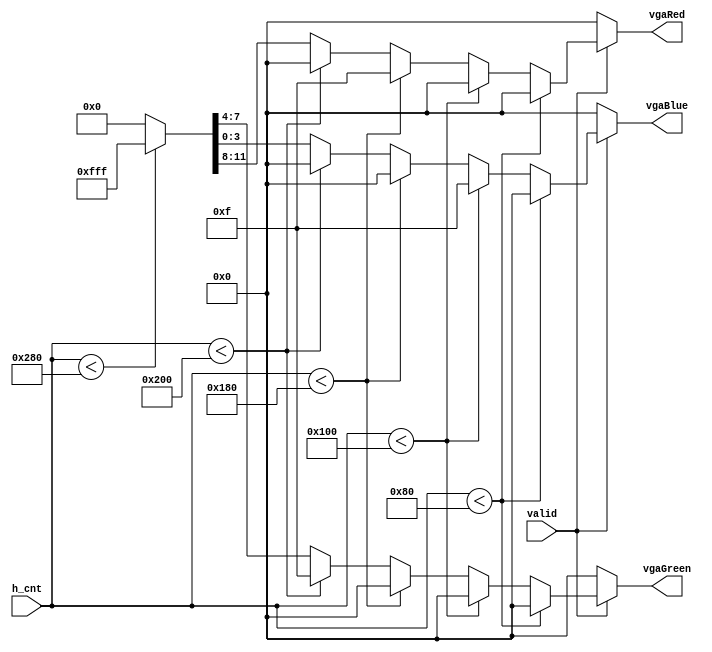
module pixel_gen(
   input [9:0] h_cnt,
   input valid,
   output reg [3:0] vgaRed,
   output reg [3:0] vgaGreen,
   output reg [3:0] vgaBlue
   );
   
       always @(*) begin
       if(!valid)
             {vgaRed, vgaGreen, vgaBlue} = 12'h0;
        else if(h_cnt < 128)
             {vgaRed, vgaGreen, vgaBlue} = 12'h000;
        else if(h_cnt < 256)
             {vgaRed, vgaGreen, vgaBlue} = 12'h00f;
        else if(h_cnt < 384)
             {vgaRed, vgaGreen, vgaBlue} = 12'hf00;
        else if(h_cnt < 512)
             {vgaRed, vgaGreen, vgaBlue} = 12'h0f0;              
        else if(h_cnt < 640)
             {vgaRed, vgaGreen, vgaBlue} = 12'hfff;
        else
             {vgaRed, vgaGreen, vgaBlue} = 12'h0;
   end
endmodule